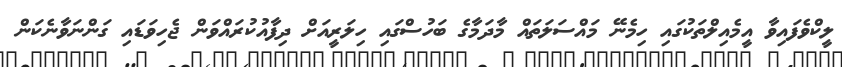
ލީކްވެފައިވާ އީމެއިލްތަކުގައި ހިމެނޭ މައްސަލަތައް މާދަމާގެ ބަހުސްގައި ހިލަރީއަށް ދިފާއުކުރައްވަން ޖެހިވަޑައި ގަންނަވާނެކަން